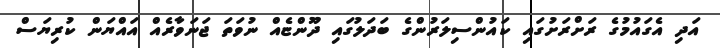
އަދި އެގައުމުގެ ރަށްރަށުގައި ކައުންސިލަރުންގެ ބަދަލުގައި ދޫންޏެއް ނުވަތަ ޖަނަވާރެއް އައްޔަން ކުރިޔަސް